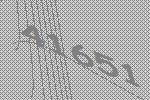
41651